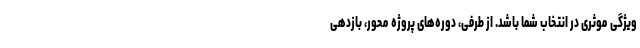
ویژگی موثری در انتخاب شما باشد. از طرفی، دوره‌های پروژه محور، بازدهی